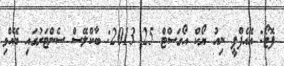
ފޮޓޯ: އޭއެފްޕީ ނިއު ޔޯކް އޯގަސްޓް 25 2013: ބާކްލޭސް ސެންޓަރުގައި ބޭއްވި